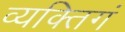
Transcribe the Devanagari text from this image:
व्यक्तिगं